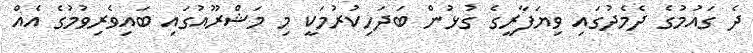
ދެ ގައުމުގެ ދެމެދުގައި ވިޔަފާރީގެ ގުޅުން ބަދަހިކުރުމަކީ މި މަޝްރޫއުގައި ބައިވެރިވުމުގެ އެއް